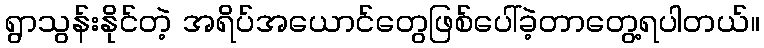
ရွာသွန်းနိုင်တဲ့ အရိပ်အယောင်တွေဖြစ်ပေါ်ခဲ့တာတွေ့ရပါတယ်။